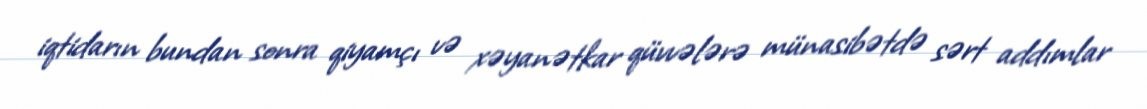
iqtidarın bundan sonra qiyamçı və xəyanətkar qüvvələrə münasibətdə sərt addımlar